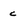
Character: c